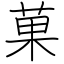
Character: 菓